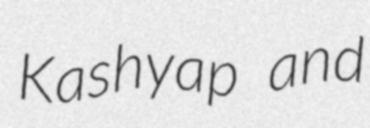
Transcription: Kashyap and